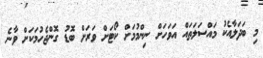
މި ބަދަލާއެކު މައްސަލަތައް އަވަހަށް ނިންމުމަށް ކޯޓަށް ވަރަށް ބޮޑު ގޮންޖެހުމަކަށް ވާނެ